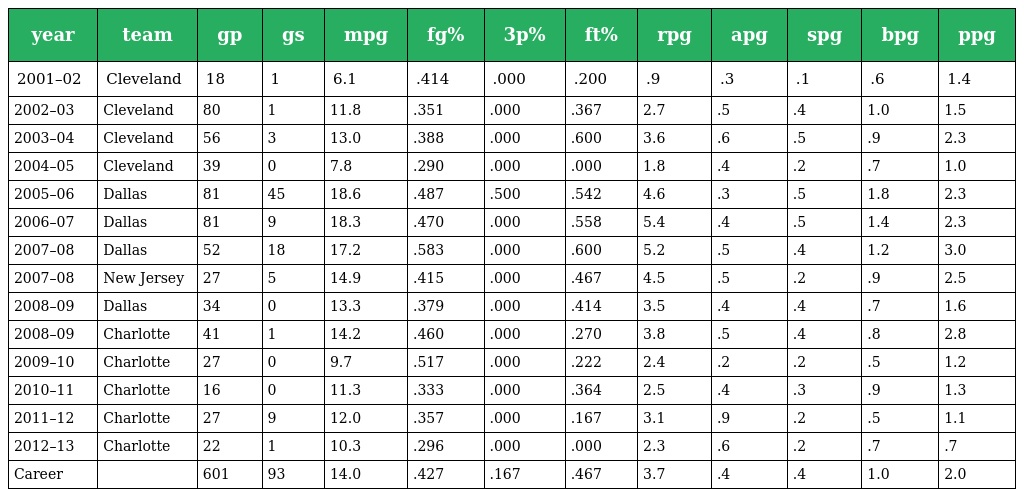
| year | team | gp | gs | mpg | fg% | 3p% | ft% | rpg | apg | spg | bpg | ppg |
 | --- | --- | --- | --- | --- | --- | --- | --- | --- | --- | --- | --- | --- |
 | 2001–02 | Cleveland | 18 | 1 | 6.1 | .414 | .000 | .200 | .9 | .3 | .1 | .6 | 1.4 |
 | 2002–03 | Cleveland | 80 | 1 | 11.8 | .351 | .000 | .367 | 2.7 | .5 | .4 | 1.0 | 1.5 |
 | 2003–04 | Cleveland | 56 | 3 | 13.0 | .388 | .000 | .600 | 3.6 | .6 | .5 | .9 | 2.3 |
 | 2004–05 | Cleveland | 39 | 0 | 7.8 | .290 | .000 | .000 | 1.8 | .4 | .2 | .7 | 1.0 |
 | 2005–06 | Dallas | 81 | 45 | 18.6 | .487 | .500 | .542 | 4.6 | .3 | .5 | 1.8 | 2.3 |
 | 2006–07 | Dallas | 81 | 9 | 18.3 | .470 | .000 | .558 | 5.4 | .4 | .5 | 1.4 | 2.3 |
 | 2007–08 | Dallas | 52 | 18 | 17.2 | .583 | .000 | .600 | 5.2 | .5 | .4 | 1.2 | 3.0 |
 | 2007–08 | New Jersey | 27 | 5 | 14.9 | .415 | .000 | .467 | 4.5 | .5 | .2 | .9 | 2.5 |
 | 2008–09 | Dallas | 34 | 0 | 13.3 | .379 | .000 | .414 | 3.5 | .4 | .4 | .7 | 1.6 |
 | 2008–09 | Charlotte | 41 | 1 | 14.2 | .460 | .000 | .270 | 3.8 | .5 | .4 | .8 | 2.8 |
 | 2009–10 | Charlotte | 27 | 0 | 9.7 | .517 | .000 | .222 | 2.4 | .2 | .2 | .5 | 1.2 |
 | 2010–11 | Charlotte | 16 | 0 | 11.3 | .333 | .000 | .364 | 2.5 | .4 | .3 | .9 | 1.3 |
 | 2011–12 | Charlotte | 27 | 9 | 12.0 | .357 | .000 | .167 | 3.1 | .9 | .2 | .5 | 1.1 |
 | 2012–13 | Charlotte | 22 | 1 | 10.3 | .296 | .000 | .000 | 2.3 | .6 | .2 | .7 | .7 |
 | Career |  | 601 | 93 | 14.0 | .427 | .167 | .467 | 3.7 | .4 | .4 | 1.0 | 2.0 |